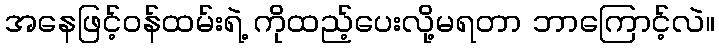
အနေဖြင့်ဝန်ထမ်းရဲ့ ကိုထည့်ပေးလို့မရတာ ဘာကြောင့်လဲ။